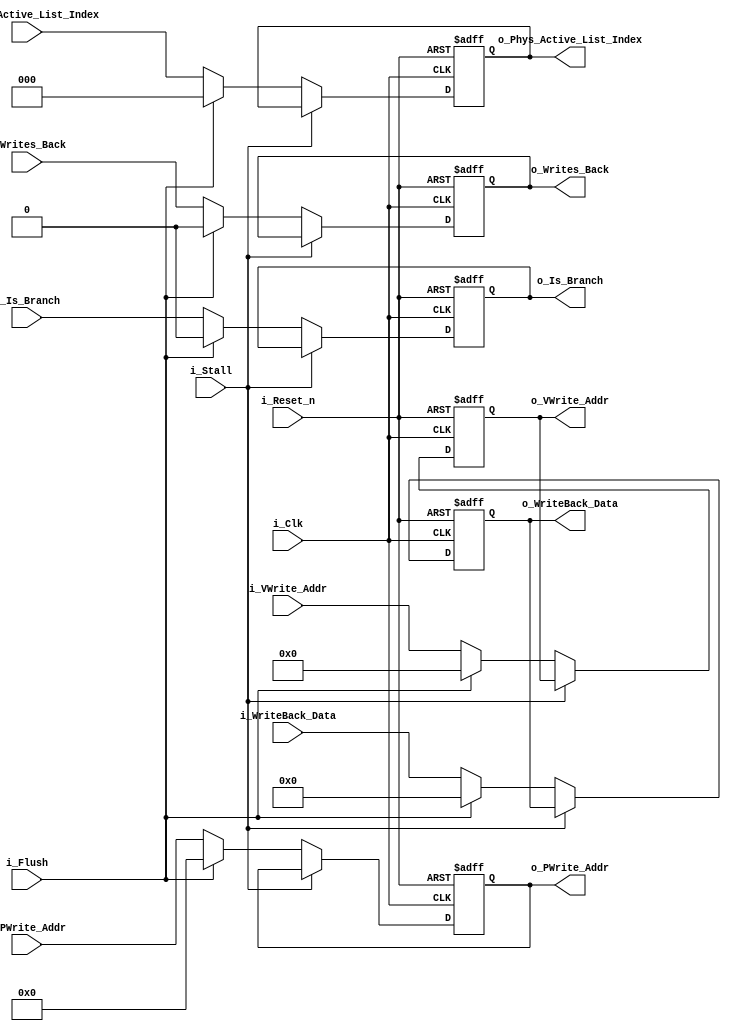
module pipe_mem_wb	#(	parameter ADDRESS_WIDTH = 32,
						parameter DATA_WIDTH = 32,
						parameter REG_ADDR_WIDTH = 5,
						parameter FREE_LIST_WIDTH = 3
					)							
					(	
						// Inputs
						input i_Clk,
						input i_Reset_n,	// Async reset (highest priority)
						input i_Flush,			// Flush (2nd highest priority)
						input i_Stall,		// Stall (lowest priority)
						
						// Pipe in/out
						input [DATA_WIDTH-1:0] i_WriteBack_Data,
						output reg [DATA_WIDTH-1:0] o_WriteBack_Data,
						input i_Writes_Back,
						output reg o_Writes_Back,
						input [REG_ADDR_WIDTH-1:0] i_VWrite_Addr,
						output reg [REG_ADDR_WIDTH-1:0] o_VWrite_Addr,
						input [REG_ADDR_WIDTH:0] i_PWrite_Addr,
						output reg [REG_ADDR_WIDTH:0] o_PWrite_Addr,
						input [FREE_LIST_WIDTH-1:0] i_Phys_Active_List_Index,
						output reg [FREE_LIST_WIDTH-1:0] o_Phys_Active_List_Index,
						input i_Is_Branch,
						output reg o_Is_Branch
					);
		
		// Asynchronous output driver
	always @(posedge i_Clk or negedge i_Reset_n)
	begin
		if( !i_Reset_n )
		begin
			// Initialize outputs to 0s
			o_WriteBack_Data <= 0;
			o_Writes_Back <= 0;
			o_VWrite_Addr <= 0;
			o_PWrite_Addr <= 0;
			o_Phys_Active_List_Index <= 0;
			o_Is_Branch <= 0;
		end
		else
		begin
			if( !i_Stall )
			begin
				if( i_Flush )
				begin
					// Pass through all 0s
					o_WriteBack_Data <= 0;
					o_Writes_Back <= 0;
					o_VWrite_Addr <= 0;
					o_PWrite_Addr <= 0;
					o_Phys_Active_List_Index <= 0;
					o_Is_Branch <= 0;
				end
				else
				begin
					// Pass through signals
					o_WriteBack_Data <= i_WriteBack_Data;
					o_Writes_Back <= i_Writes_Back;
					o_VWrite_Addr <= i_VWrite_Addr;
					o_PWrite_Addr <= i_PWrite_Addr;
					o_Phys_Active_List_Index <= i_Phys_Active_List_Index;
					o_Is_Branch <= i_Is_Branch;
				end
			end
		end
	end
	
endmodule